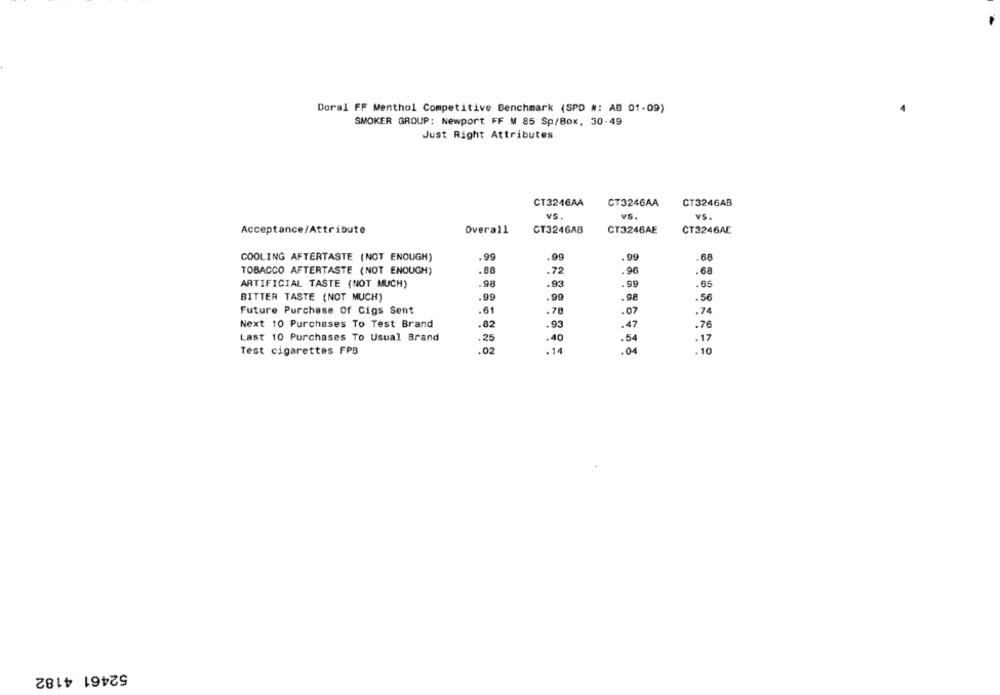
Doral FF Menthol Competitive Benchmark (SPD #: AB 01-09)
SMOKER GROUP: Newport FF M 85 Sp/Box, 30-49
Just Right Attributes
CT324GAA
CT324GAA
CT3246AB
VS.
VS.
VS.
Acceptance/Attribute
Overall
CT3246AB
CT3246AE
CT3246AE
.99
.99
.99
68
COOLING AFTERTASTE (NOT ENOUGH)
TOBACCO AFTERTASTE (NOT ENOUGH)
.88
.72
.96
.68
ARTIFICIAL TASTE (NOT MUCH)
.98
.93
.99
.65
BITTER TASTE (NOT MUCH)
.99
.99
.98
.56
Future Purchase Of Cigs Sent
.61
.78
-07
.74
Next 10 Purchases To Test Brand
.82
.93
.47
.76
Last 10 Purchases To Usual Brand
.25
.40
.54
.17
Test cigarettes FPB
.02
.14
.04
. 10
52461 4182